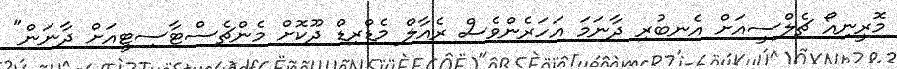
މޮރީނިއޯ ޗެލްސީއަށް އެނބުރި ދާނަމަ އަހަރެންވެސް ރެއާލް މެޑްރިޑް ދޫކޮށް މެންޗެސްޓާސިޓީއަށް ދާނަން"